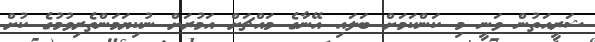
ޝަރީއަތުން ވަނީ މި ކަންކަމަށް ބަލައި އޭނާގެ މައްޗަށް އަމުރަށް ނުކިޔަމަންތެރިވުމުގެ ކުށް